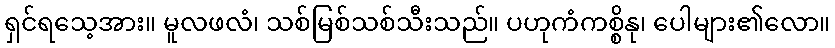
ရှင်ရသေ့အား။ မူလဖလံ၊ သစ်မြစ်သစ်သီးသည်။ ပဟုကံကစ္စိနု၊ ပေါများ၏လော။